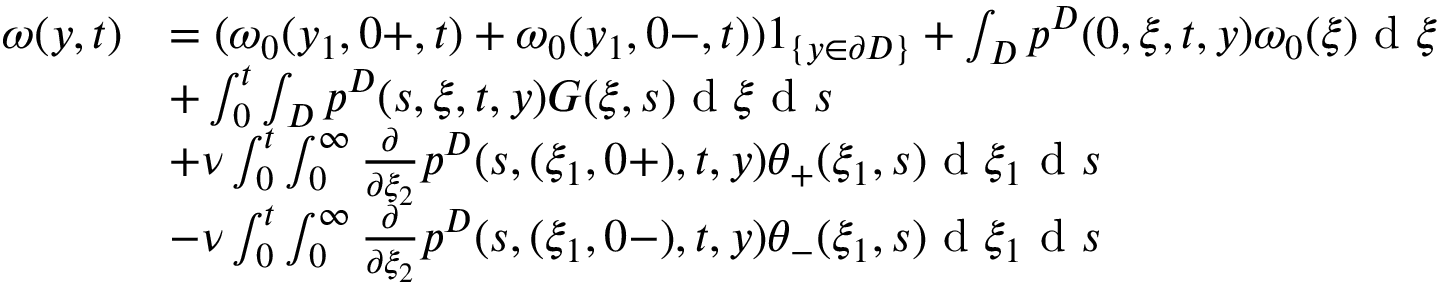
\begin{array} { r l } { \omega ( y , t ) } & { = ( \omega _ { 0 } ( y _ { 1 } , 0 + , t ) + \omega _ { 0 } ( y _ { 1 } , 0 - , t ) ) 1 _ { \{ y \in \partial D \} } + \int _ { D } p ^ { D } ( 0 , \xi , t , y ) \omega _ { 0 } ( \xi ) \textrm { d } \xi } \\ & { + \int _ { 0 } ^ { t } \int _ { D } p ^ { D } ( s , \xi , t , y ) G ( \xi , s ) \textrm { d } \xi \textrm { d } s } \\ & { + \nu \int _ { 0 } ^ { t } \int _ { 0 } ^ { \infty } \frac { \partial } { \partial \xi _ { 2 } } p ^ { D } ( s , ( \xi _ { 1 } , 0 + ) , t , y ) \theta _ { + } ( \xi _ { 1 } , s ) \textrm { d } \xi _ { 1 } \textrm { d } s } \\ & { - \nu \int _ { 0 } ^ { t } \int _ { 0 } ^ { \infty } \frac { \partial } { \partial \xi _ { 2 } } p ^ { D } ( s , ( \xi _ { 1 } , 0 - ) , t , y ) \theta _ { - } ( \xi _ { 1 } , s ) \textrm { d } \xi _ { 1 } \textrm { d } s } \end{array}